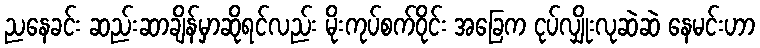
ညနေခင်း ဆည်းဆာချိန်မှာဆိုရင်လည်း မိုးကုပ်စက်ဝိုင်း အခြေက ငုပ်လျှိုးလုဆဲဆဲ နေမင်းဟာ